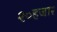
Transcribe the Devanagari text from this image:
२०हजार